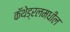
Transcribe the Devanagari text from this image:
कॅथेड्रलमधील